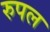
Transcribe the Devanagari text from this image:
रुपल